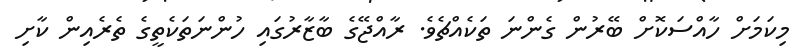
މިކަމަށް ހާއްސަކޮށް ބޭރުން ގެންނަ ތަކެއްޗެވެ. ރާއްޖޭގެ ބާޒާރުގައި ހުންނަތަކެތީގެ ތެރެއިން ކާށި